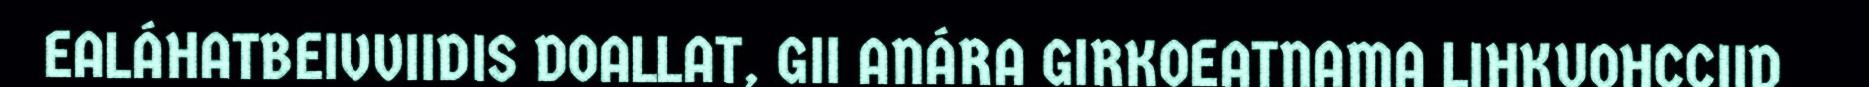
EALÁHATBEIVVIIDIS DOALLAT, GII ANÁRA GIRKOEATNAMA LIHKUOHCCIID